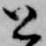
と